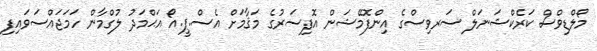
މޯލްޑިވްސް ކަރެކްޝަނަލް ސަރވިސްގެ އިންފޮމޭޝަން އޮފިސަރުގެ މަޤާމަށް އެސް.ޕީ.އޯ އަޙްމަދު ލުގްމާން ހަމަޖައްސަވައިފި